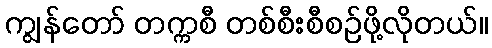
ကျွန်တော် တက္ကစီ တစ်စီးစီစဉ်ဖို့လိုတယ်။